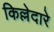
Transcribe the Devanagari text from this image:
किल्लेदारे